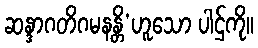
ဆန္ဒာဂတိဂမနန္တိ’ဟူသော ပါဌ်ကို။